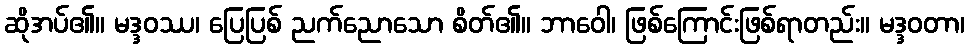
ဆိုအပ်၏။ မဒ္ဒဝဿ၊ ပြေပြစ် ညက်ညောသော စိတ်၏။ ဘာဝေါ၊ ဖြစ်ကြောင်းဖြစ်ရာတည်း။ မဒ္ဒဝတာ၊